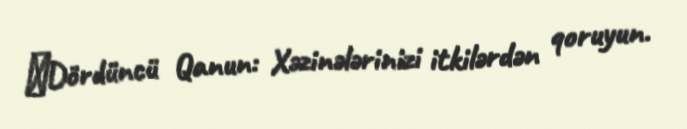
◆Dördüncü Qanun: Xəzinələrinizi itkilərdən qoruyun.